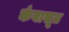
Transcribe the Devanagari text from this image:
कंबासूत्र